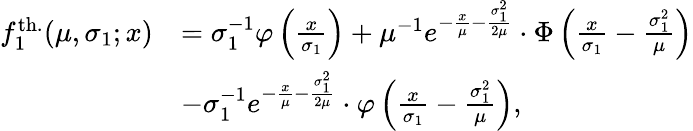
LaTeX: \begin{array}{rl}{f_{1}^{\mathrm{th.}}(\mu,\sigma_{1};x)}&{=\sigma_{1}^{-1}\varphi\left(\frac x{\sigma_{1}}\right)+\mu^{-1}e^{-\frac x\mu-\frac{\sigma_{1}^{2}}{2\mu}}\cdot\Phi\left(\frac x{\sigma_{1}}-\frac{\sigma_{1}^{2}}{\mu}\right)}\\ &{-\sigma_{1}^{-1}e^{-\frac x\mu-\frac{\sigma_{1}^{2}}{2\mu}}\cdot\varphi\left(\frac x{\sigma_{1}}-\frac{\sigma_{1}^{2}}{\mu}\right),}\end{array}